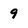
Character: 9